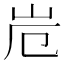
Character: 𭖆